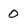
Character: 0